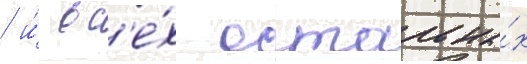
/ и́ вс'е́х остальны́х